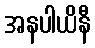
အနပါယိနီ